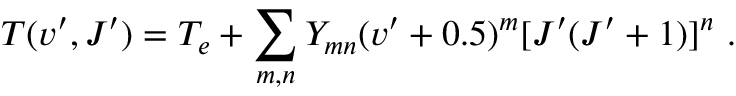
T ( v ^ { \prime } , J ^ { \prime } ) = T _ { e } + \sum _ { m , n } Y _ { m n } ( v ^ { \prime } + 0 . 5 ) ^ { m } [ J ^ { \prime } ( J ^ { \prime } + 1 ) ] ^ { n } \mathrm { ~ . ~ }